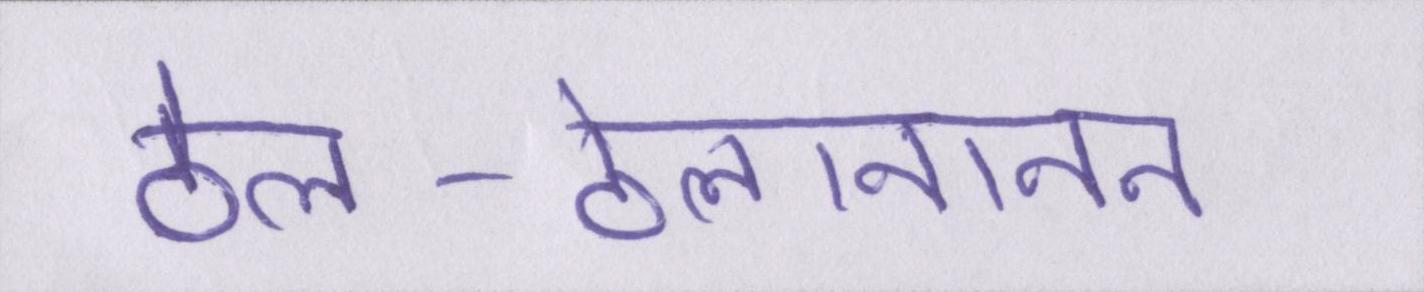
ठेल-ठेलानानन